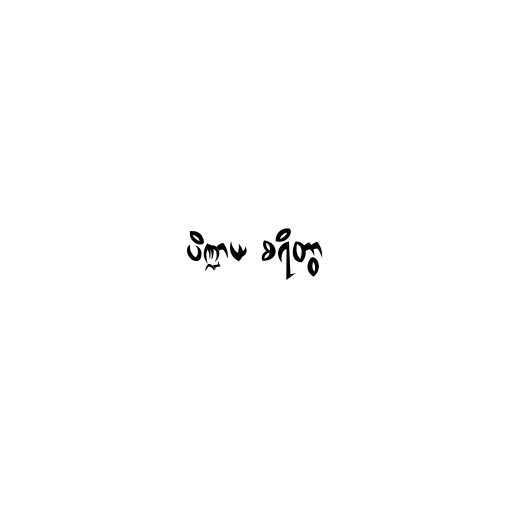
ပိဏ္ဍာယ စရိတွာ